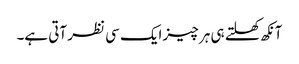
آنکھ کھلتے ہی ہر چیز ایک سی نظر آتی ہے۔